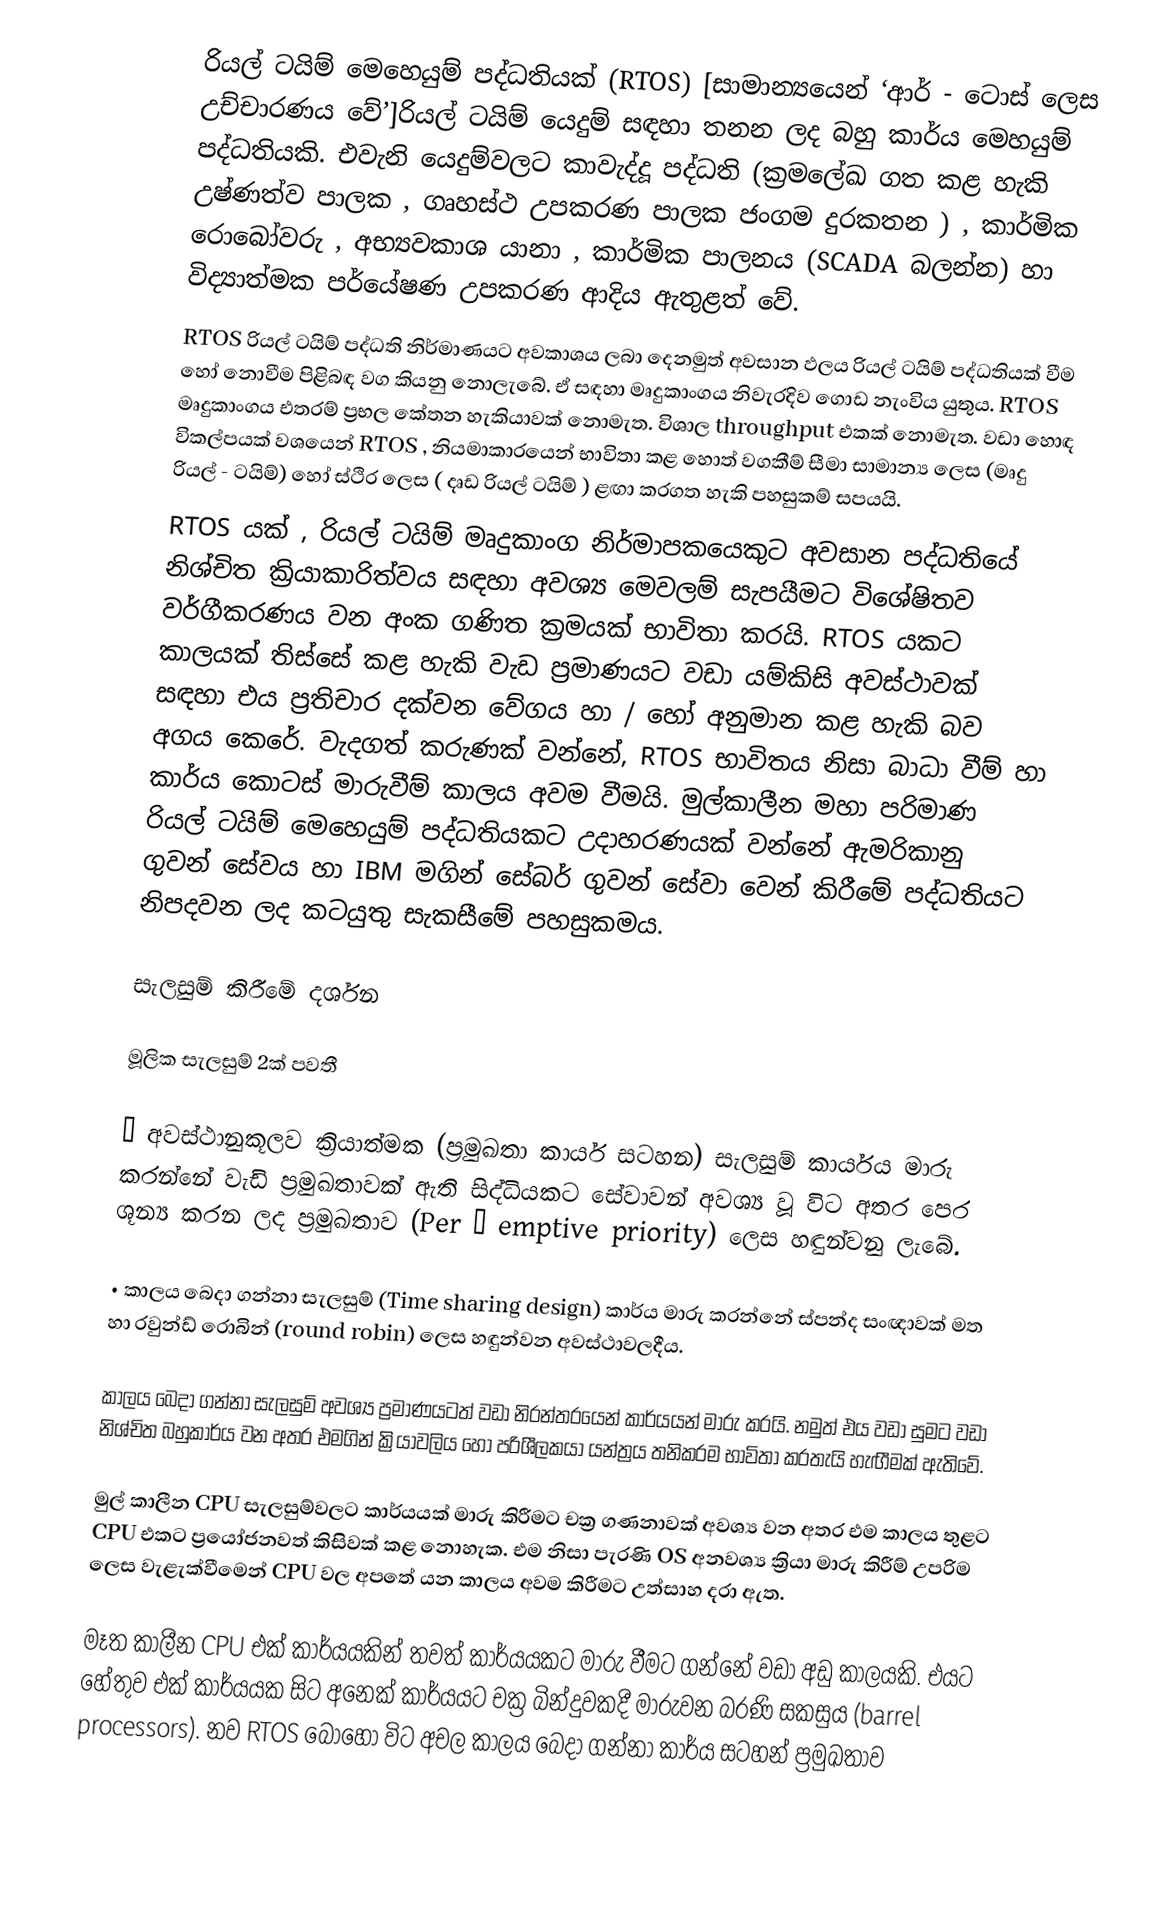
රියල් ටයිම් මෙහෙයුම් පද්ධතියක් (RTOS) [සාමාන්‍යයෙන් ‘ආර් - ටොස් ලෙස උච්චාරණය වේ’]රියල් ටයිම් යෙදුම් සඳහ‍ා තනන ලද බහු කාර්ය මෙහයුම් පද්ධතියකි. එවැනි යෙදුම්වලට කාවැද්දූ පද්ධති (ක්‍රමලේඛ ගත කළ හැකි උෂ්ණත්ව පාලක , ගෘහස්ථ උපකරණ පාලක ජංගම දුරකතන ) , කාර්මික රොබෝවරු , අභ්‍යවකාශ යානා , කාර්මික පාලනය (SCADA බලන්න) හා විද්‍යාත්මක පර්යේෂණ උපකරණ ආදිය ඇතුළත් වේ.
RTOS රියල් ටයිම් පද්ධති නිර්මාණයට අවකාශය ලබා දෙනමුත් අවසාන ඵලය රියල් ටයිම් පද්ධතියක් වීම හෝ නොවීම පිළිබඳ වග කියනු නොලැබේ. ඒ සඳහා මෘදුකාංගය නිවැරදිව ගොඩ නැංවිය යුතුය. RTOS මෘදුකාංගය එතරම් ප්‍රභල කේතන හැකියාවක් නොමැත. විශාල throughput එකක් නොමැත. වඩා හොඳ විකල්පයක් වශයෙන් RTOS , නියමාකාරයෙන් භාවිතා කළ හොත් වගකීම් සීමා සාමාන්‍ය ලෙස (මෘදු රියල් - ටයිම්) හෝ ස්ථිර ලෙස ( දෘඩ රියල් ටයිම් ) ළඟා කරගත හැකි පහසුකම් සපයයි.
RTOS යක් , රියල් ටයිම් මෘදුකාංග නිර්මාපකයෙකුට අවසාන පද්ධතියේ නිශ්චිත ක්‍රියාකාරිත්වය සඳහා අවශ්‍ය මෙවලම් සැපයීමට විශේෂිතව වර්ගීකරණය වන අංක ගණිත ක්‍රමයක් භාවිතා කරයි. RTOS යකට කාලයක් තිස්සේ කළ හැකි වැඩ ප්‍රමාණයට වඩා යම්කිසි අවස්ථාවක් සඳහා එය ප්‍රතිචාර දක්වන වේගය හා / හෝ අනුමාන කළ හැකි බව අගය කෙරේ. වැදගත් කරුණක් වන්නේ, RTOS භාවිතය නිසා බාධා වීම් හා කාර්ය කොටස් මාරුවීම් කාලය අවම වීමයි. මුල්කාලීන මහා පරිමාණ රියල් ටයිම් මෙහෙයුම් පද්ධතියකට උදාහරණයක් වන්නේ ඇමරිකානු ගුවන් සේවය හා IBM මගින් සේබර් ගුවන් සේවා වෙන් කිරීමේ පද්ධතියට නිපදවන ලද කටයුතු සැකසීමේ පහසුකමය.

සැලසුම් කිරීමේ දර්ශන

මූලික සැලසුම් 2ක් පවතී

•	අවස්ථානුකූලව ක්‍රියාත්මක (ප්‍රමුඛතා කාර්ය සටහන) සැලසුම් කාර්යය මාරු කරන්නේ වැඩි ප්‍රමුඛතාවක් ඇති සිද්ධියකට   සේවාවන් අවශ්‍ය වූ විට අතර පෙර ශූන්‍ය කරන ලද ප්‍රමුඛතාව (Per – emptive priority) ලෙස හඳුන්වනු ලැබේ.

•	කාලය බෙදා ගන්නා සැලසුම් (Time sharing design) කාර්ය මාරු කරන්නේ ස්පන්ද සංඥාවක් මත හා රවුන්ඩ් රොබින් (round robin) ලෙස හඳුන්වන අවස්ථාවලදීය.

කාලය බෙදා ගන්නා සැලසුම් අවශ්‍ය ප්‍රමාණයටත් වඩා නිරන්තරයෙන් කාර්යයන් මාරු කරයි. නමුත් එය වඩා සුමට වඩා නිශ්චිත බහුකාර්ය වන අතර එමගින් ක්‍රියාවලිය හෝ පරිශීලකයා යන්ත්‍රය තනිකරම භාවිතා කරතැයි හැඟීමක් ඇතිවේ.

මුල් කාලීන CPU සැලසුම්වලට කාර්යයක් මාරු කිරීමට චක්‍ර ගණනාවක් අවශ්‍ය වන අතර එම කාලය තුළට CPU එකට ප්‍රයෝජනවත් කිසිවක් කළ නොහැක. එම නිසා පැරණි OS අනවශ්‍ය ක්‍රියා මාරු කිරීම් උපරිම ලෙස වැළැක්වීමෙන් CPU වල අපතේ යන කාලය අවම කිරීමට උත්සාහ දරා ඇත.

මෑත කාලීන CPU එක් කාර්යයකින් තවත් කාර්යයකට මාරු වීමට ගන්නේ වඩා අඩු කාලයකි. එයට හේතුව එක් කාර්යයක සිට අනෙක් කාර්යයට චක්‍ර බින්දුවකදී මාරුවන බරණි සකසුය (barrel processors). නව RTOS බොහෝ විට අචල කාලය බෙදා ගන්නා කාර්ය සටහන් ප්‍රමුඛතාව